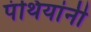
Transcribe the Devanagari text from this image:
पंथियांनी